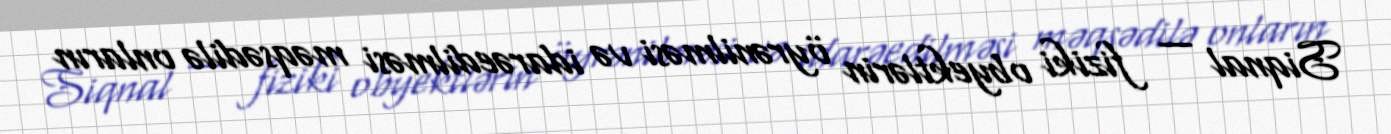
Siqnal — fiziki obyektlərin öyrənilməsi və idarəedilməsi məqsədilə onların